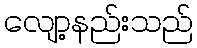
လျော့နည်းသည်